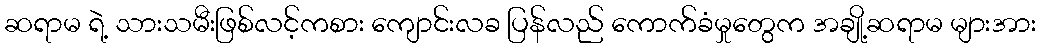
ဆရာမ ရဲ့ သားသမီးဖြစ်လင့်ကစား ကျောင်းလခ ပြန်လည် ကောက်ခံမှုတွေက အချို့ဆရာမ များအား